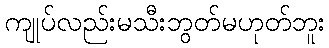
ကျုပ်လည်းမသီးဘွတ်မဟုတ်ဘူး